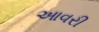
આવરી